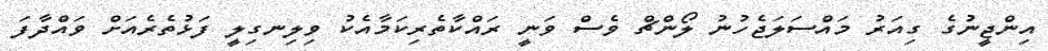
އިންޖީނުގެ ގިއަރު މައްސަލަޖެހުނު ލޯންޗް ވެސް ވަނީ ރައްކާތެރިކަމާއެކު ވިލިނގިލީ ފަޅުތެރެއަށް ވައްދާފަ